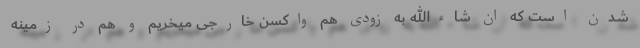
شدن است که ان شاءالله به زودی هم واکسن خارجی میخریم و هم در زمینه